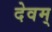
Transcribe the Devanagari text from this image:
देवम्